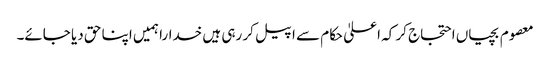
معصوم بچیاں احتجاج کر کہ اعلیٰ حکام سے اپیل کر رہی ہیں خدارا ہمیں اپنا حق دیا جائے۔